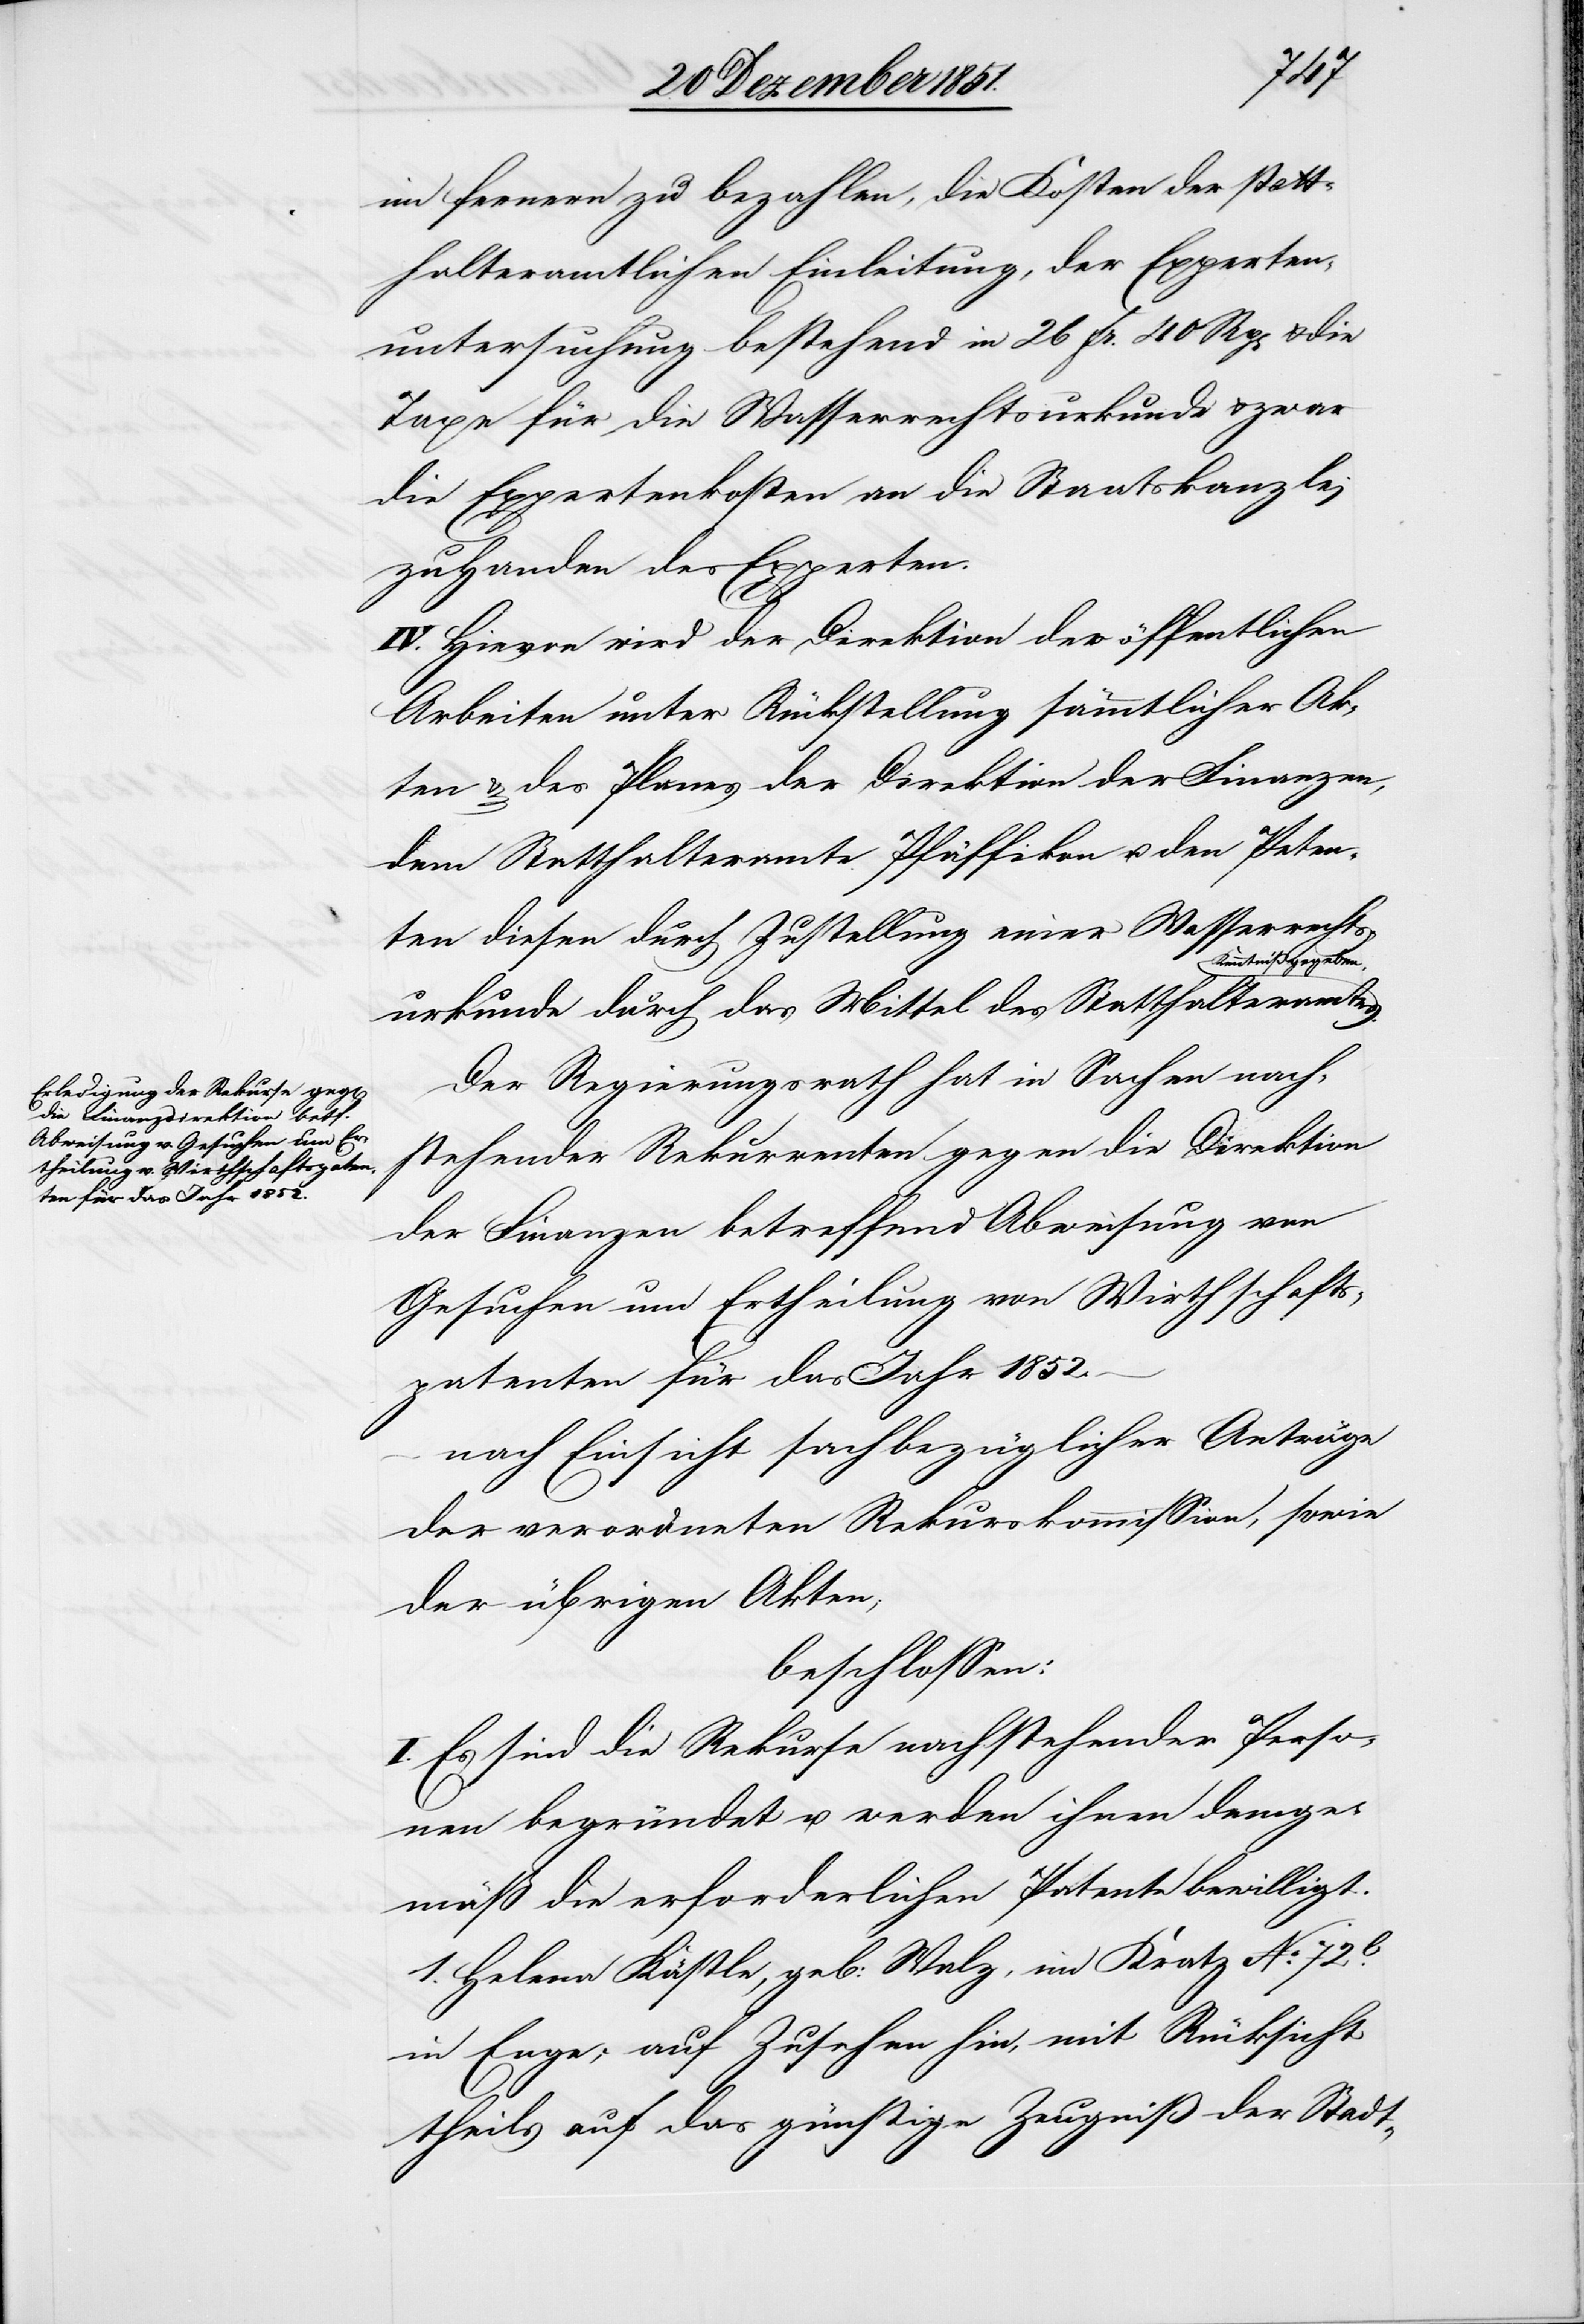
im fernern zu bezahlen, die Kosten der statt¬
halteramtlichen Einleitung, der Experten¬
untersuchung bestehend in 26 Fr. 40 Rp[en] & die
Taxe für die Wasserrechtsurkunde & zwar
die Expertenkosten an die Staatskanzlei
zu Handen des Experten.
IV. Hievon wird der Direktion der öffentlichen
Arbeiten unter Rückstellung sämmtlicher Ak¬
ten & des Planes der Direktion der Finanzen,
dem Statthalteramte Pfäffikon u. den Peten¬
ten diesen durch Zustellung einer Wasserrechts¬
Kenntniß gegeben.
urkunde durch das Mittel des Statthalteramtes
Der Regierungsrath hat in Sachen nach¬
stehender Rekurrenten gegen die Direktion
der Finanzen betreffend Abweisung von
Gesuchen um Ertheilung von Wirthschafts¬
patenten für das Jahr 1852.
nach Einsicht sachbezüglicher Anträge
der verordneten Rekurskommission, sowie
der übrigen Akten;
beschlossen:
I. Es sind die Rekurse nachstehender Perso¬
nen begründet u. werden ihnen demge¬
mäß die erforderlichen Patente bewilligt.
1. Helena Kästle, geb: Walz, im Kratz No. 72l.
in Enge; auf Zusehen hin, mit Rücksicht
theils auf das günstige Zeugniß der Stadt-